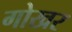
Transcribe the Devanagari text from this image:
गोखर